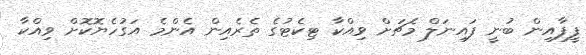
ފީފާއިން ބުނީ ފައިނަލް މެޗަށް ވިއްކާ ޓިކެޓުގެ ތެރެއިން އެންމެ އަގުހެޔޮކޮށް ވިއްކާ